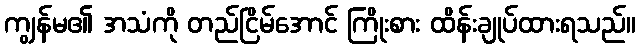
ကျွန်မ၏ အသံကို တည်ငြိမ်အောင် ကြိုးစား ထိန်းချုပ်ထားရသည်။